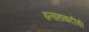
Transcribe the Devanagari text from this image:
इलाहाबादींची